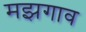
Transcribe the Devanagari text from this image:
मझगाव